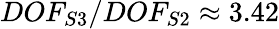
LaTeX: DOF_{S3}/DOF_{S2}\approx 3.42